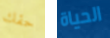
حقك الحياة